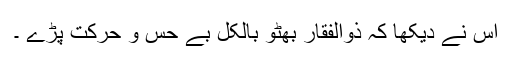
اس نے دیکھا کہ ذوالفقار بھٹو بالکل بے حس و حرکت پڑے ۔